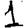
Digit: 1